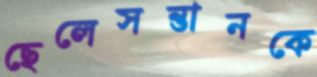
ছেলেসন্তানকে